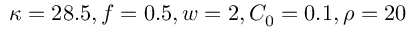
\kappa = 2 8 . 5 , f = 0 . 5 , w = 2 , C _ { 0 } = 0 . 1 , \rho = 2 0 \